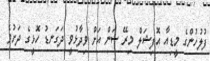
ފުލުހުންގެ މީޑިއާ އޮފިޝަލް މިރޭ ސަން އަށް ވިދާޅުވީ ދަގަނޑު ހޮޅީގެ ދަށުވެ